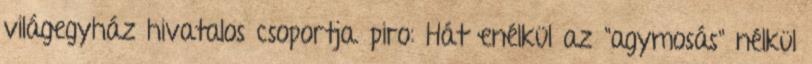
világegyház hivatalos csoportja. piro: Hát enélkül az "agymosás" nélkül